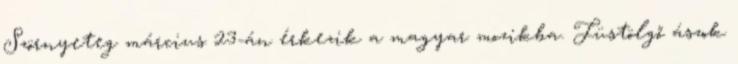
Szörnyeteg március 23-án érkezik a magyar mozikba. Füstölgő ászok